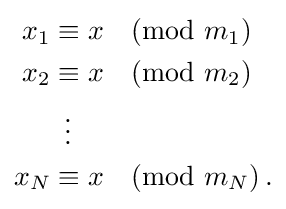
{\begin{aligned}x_{1}&\equiv x{\pmod {m_{1}}}\\x_{2}&\equiv x{\pmod {m_{2}}}\\&\,\,\,\vdots \\x_{N}&\equiv x{\pmod {m_{N}}}\,.\end{aligned}}